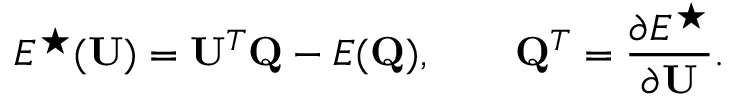
E ^ { \star } ( \mathbf { U } ) = \mathbf { U } ^ { T } \mathbf { Q } - E ( \mathbf { Q } ) , \qquad \mathbf { Q } ^ { T } = \frac { \partial E ^ { \star } } { \partial \mathbf { U } } .